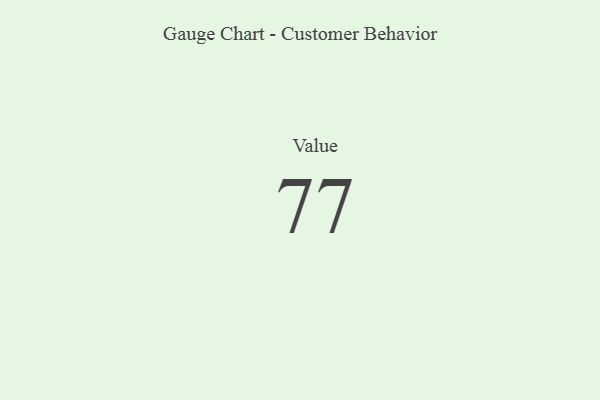
{"axis": {"x": "Metric", "y": "Value"}, "legend": [""], "data": [{"x": "Value", "y": 77, "type": ""}]}